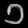
Digit: ၁